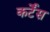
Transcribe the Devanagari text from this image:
कर्टेंस